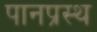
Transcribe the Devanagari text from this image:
पानप्रस्थ